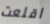
اقلعت